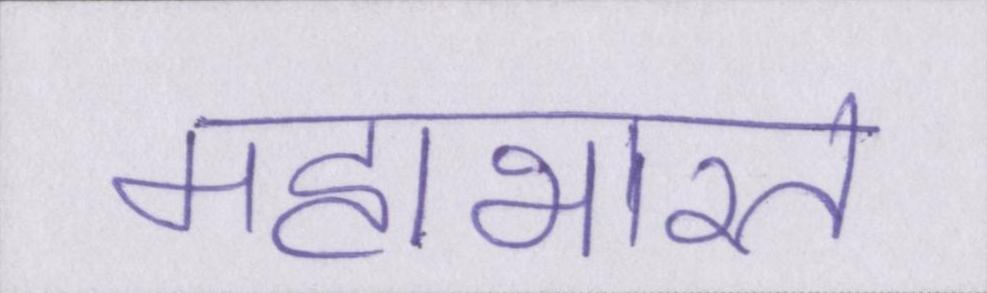
महाभारत